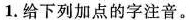
1.给下列加点的字注音。